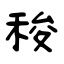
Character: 稄